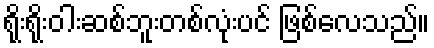
ရိုးရိုးဝါးဆစ်ဘူးတစ်လုံးပင် ဖြစ်လေသည်။